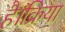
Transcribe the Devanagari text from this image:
है।क्रिया